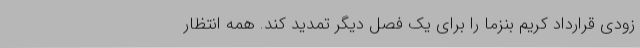
زودی قرارداد کریم بنزما را برای یک فصل دیگر تمدید کند. همه انتظار